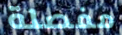
مفصلة